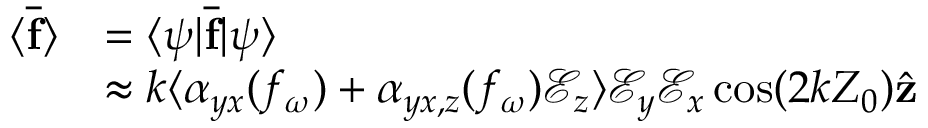
\begin{array} { r l } { \langle \overline { { \mathbf { f } } } \rangle } & { = \langle \psi | \overline { { \mathbf { f } } } | \psi \rangle } \\ & { \approx k \langle \alpha _ { y x } ( f _ { \omega } ) + \alpha _ { y x , z } ( f _ { \omega } ) \mathcal { E } _ { z } \rangle \mathcal { E } _ { y } \mathcal { E } _ { x } \cos ( 2 k Z _ { 0 } ) \hat { \mathbf { z } } } \end{array}